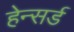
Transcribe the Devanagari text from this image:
हेन्सर्ड